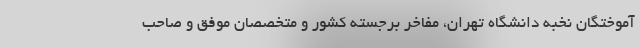
آموختگان نخبه دانشگاه تهران، مفاخر برجسته کشور و متخصصان موفق و صاحب